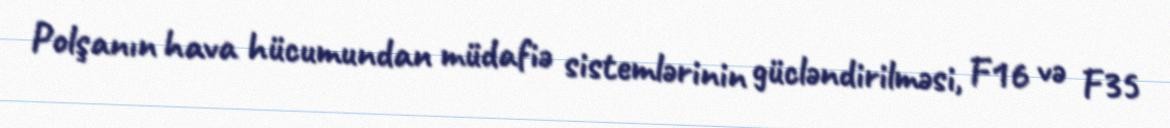
Polşanın hava hücumundan müdafiə sistemlərinin gücləndirilməsi, F16 və F35